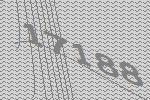
17188